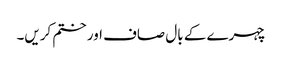
چہرے کے بال صاف اور ختم کریں۔